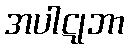
အပါဋုဘာ